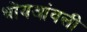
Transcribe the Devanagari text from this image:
भोंयआंवली